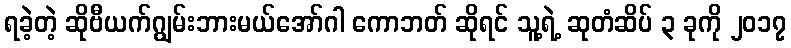
ရခဲ့တဲ့ ဆိုဗီယက်ဂျွမ်းဘားမယ်အော်ဂါ ကောဘတ် ဆိုရင် သူ့ရဲ့ ဆုတံဆိပ် ၃ ခုကို ၂၀၁၇